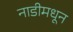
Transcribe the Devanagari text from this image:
नाडीमधून